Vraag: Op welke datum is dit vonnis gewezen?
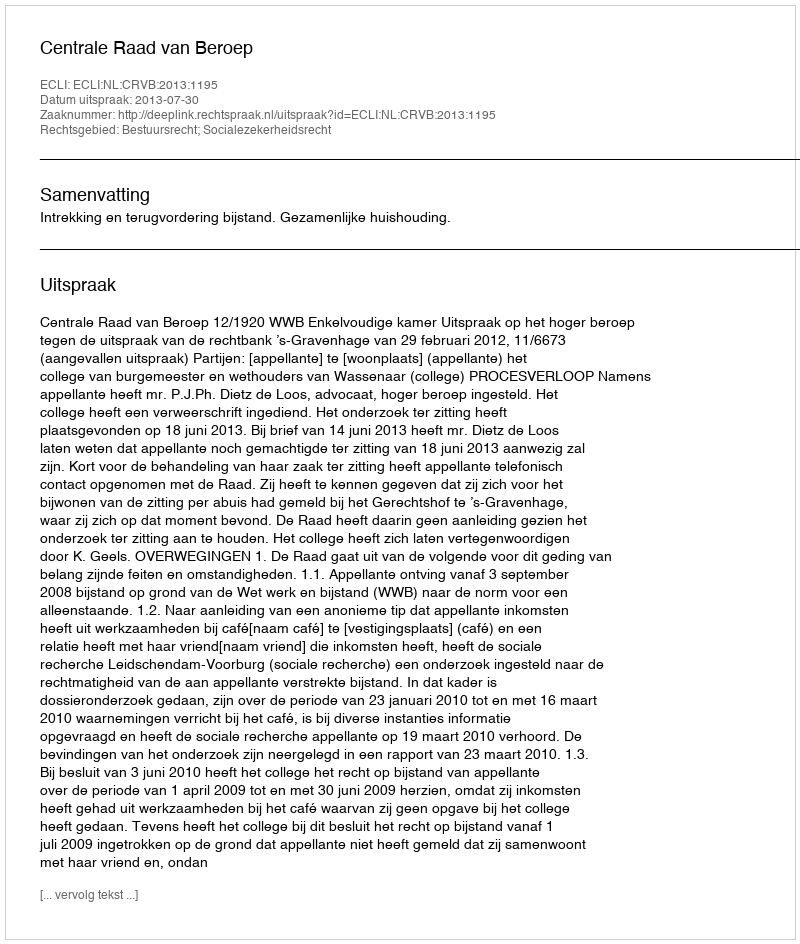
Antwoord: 2013-07-30